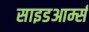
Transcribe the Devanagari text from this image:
साइडआर्म्स